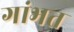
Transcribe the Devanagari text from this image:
गांभत